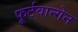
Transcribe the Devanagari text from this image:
फूर्टवान्गेन